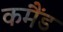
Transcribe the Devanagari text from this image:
कमैंड